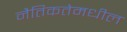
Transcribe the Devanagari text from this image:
नैतिकतेमधील